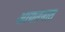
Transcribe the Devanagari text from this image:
आयतनात